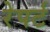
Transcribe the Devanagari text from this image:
रेपर्ट